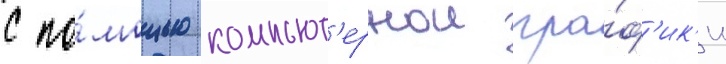
с по́мощью компьют'ернои гра́ф'ик'и